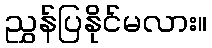
ညွှန်ပြနိုင်မလား။